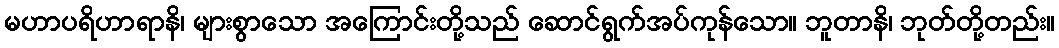
မဟာပရိဟာရာနိ၊ များစွာသော အကြောင်းတို့သည် ဆောင်ရွက်အပ်ကုန်သော။ ဘူတာနိ၊ ဘုတ်တို့တည်း။